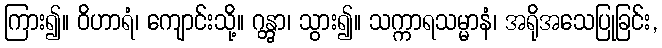
ကြား၍။ ဝိဟာရံ၊ ကျောင်းသို့။ ဂန္တွာ၊ သွား၍။ သက္ကာရသမ္မာနံ၊ အရိုအသေပြုခြင်း,